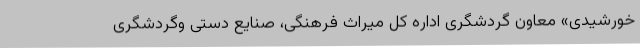
خورشیدی» معاون گردشگری اداره کل میراث فرهنگی، صنایع دستی وگردشگری